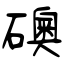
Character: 礇